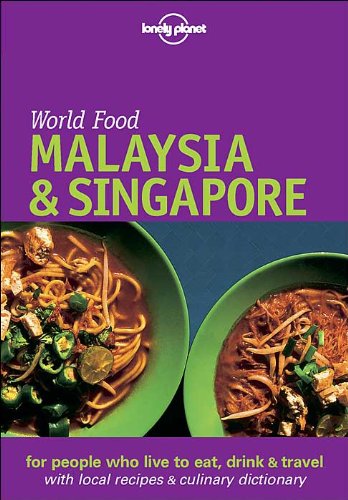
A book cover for Malaysia & Singapore: World Food (Lonely Planet World Food Malaysia & Singapore); Tan Su-Lyn; Travel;